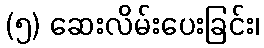
(၅) ဆေးလိမ်းပေးခြင်း၊